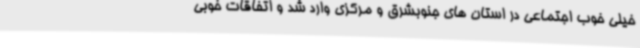
خیلی خوب اجتماعی در استان های جنوبشرق و مرکزی وارد شد و اتفاقات خوبی